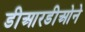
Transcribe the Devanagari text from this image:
डीआरडीओने